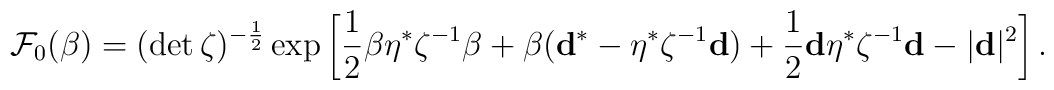
{\cal F}_0(\beta )=(\det\zeta )^{-\frac 12}\exp\left[\frac 12\beta\eta^{*}\zeta^{-1}\beta +\beta ({\bf d}^{*}-\eta^{*}\zeta^{-1}{\bf d})+\frac 12{\bf d}\eta^{*}\zeta^{-1}{\bf d}-|{\bf d}|^2\right].